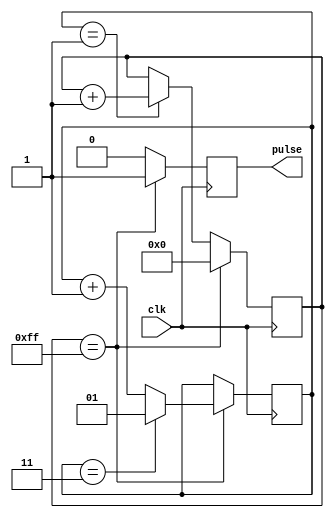
module pulse_generator(
    input wire clk,
    output reg pulse
    );

    reg [7:0] counter;
    reg [1:0] divider;
    
    always@(posedge clk)
    begin
        if(counter == 8'hFF) // pulse width
        begin
            pulse <= 1;
        end
        else
        begin
            pulse <= 0;
        end
        
        if(divider == 2'd1) // frequency adjustment
        begin
            counter <= counter + 1;
        end
        
        if(counter == 8'hFF)
        begin
            counter <= 8'h00;
            divider <= divider + 1;
            
            if(divider == 2'd3) // reset counter and divider
            begin
                counter <= 8'h00;
                divider <= 2'd1;
            end
        end
    end
    
endmodule